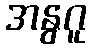
အနွဂူ